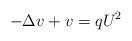
LaTeX: \begin{align*}-\Delta v+v=qU^{2}\end{align*}